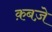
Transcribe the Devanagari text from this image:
क़बज़े